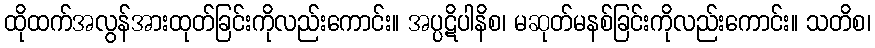
ထိုထက်အလွန်အားထုတ်ခြင်းကိုလည်းကောင်း။ အပ္ပဋိပါနိစ၊ မဆုတ်မနစ်ခြင်းကိုလည်းကောင်း။ သတိစ၊